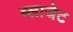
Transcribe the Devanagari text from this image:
ब्लाजेट